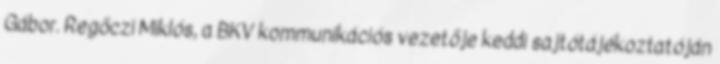
Gábor. Regőczi Miklós, a BKV kommunikációs vezetője keddi sajtótájékoztatóján